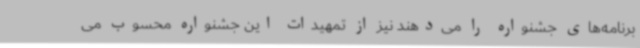
برنامه‌های جشنواره را می‌دهند نیز از تمهیدات این جشنواره محسوب می